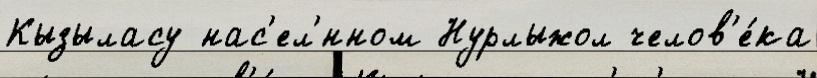
Кызыласу нас'ел'́нном Нурлыжол челов'е́ка